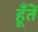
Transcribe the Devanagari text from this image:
हूँतें